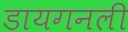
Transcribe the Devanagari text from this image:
डायगनली